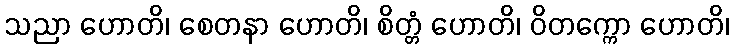
သညာ ဟောတိ၊ စေတနာ ဟောတိ၊ စိတ္တံ ဟောတိ၊ ဝိတက္ကော ဟောတိ၊